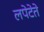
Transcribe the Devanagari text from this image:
लपेटेते